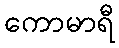
ကောမာရီ